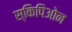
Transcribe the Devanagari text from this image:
स्किपिओन